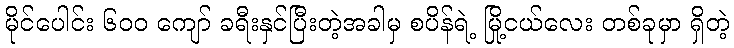
မိုင်ပေါင်း ၆၀၀ ကျော် ခရီးနှင်ပြီးတဲ့အခါမှ စပိန်ရဲ့ မြို့ငယ်လေး တစ်ခုမှာ ရှိတဲ့